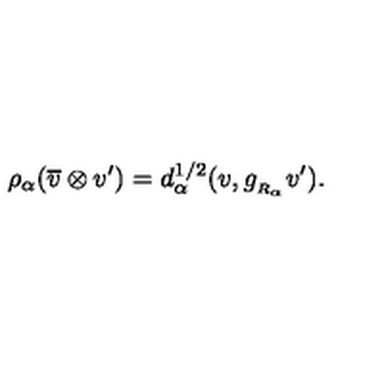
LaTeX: \rho _ { \alpha } ( \overline { { v } } \otimes v ^ { \prime } ) = d _ { \alpha } ^ { 1 / 2 } ( v , g _ { _ { R _ { \alpha } } } v ^ { \prime } ) .